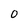
Character: 0